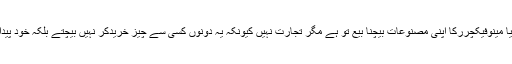
کسان کا اپنی فصل یا مینوفیکچررکا اپنی مصنوعات بیچنا بیع تو ہے مگر تجارت نہیں کیونکہ یہ دونوں کسی سے چیز خریدکر نہیں بیچتے بلکہ خود پیدا یا تیار کرتے ہیں ۔